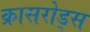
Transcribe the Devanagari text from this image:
क्रासरोड्स